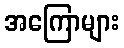
အကြောများ